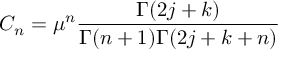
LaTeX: C _ { n } = \mu ^ { n } \frac { \Gamma ( 2 j + k ) } { \Gamma ( n + 1 ) \Gamma ( 2 j + k + n ) }